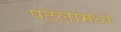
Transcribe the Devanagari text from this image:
पटलांमध्ये